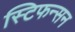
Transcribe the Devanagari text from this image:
स्टिफन्सन